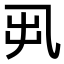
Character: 𠃨